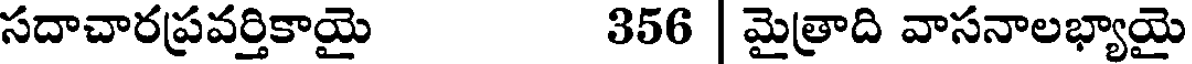
సదాచారప్రవర్తికాయై 356 | మైత్రాది వాసనాలభ్యాయై